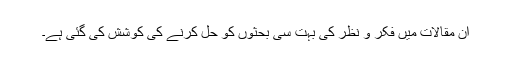
ان مقالات میں فکر و نظر کی بہت سی بحثوں کو حل کرنے کی کوشش کی گئی ہے۔